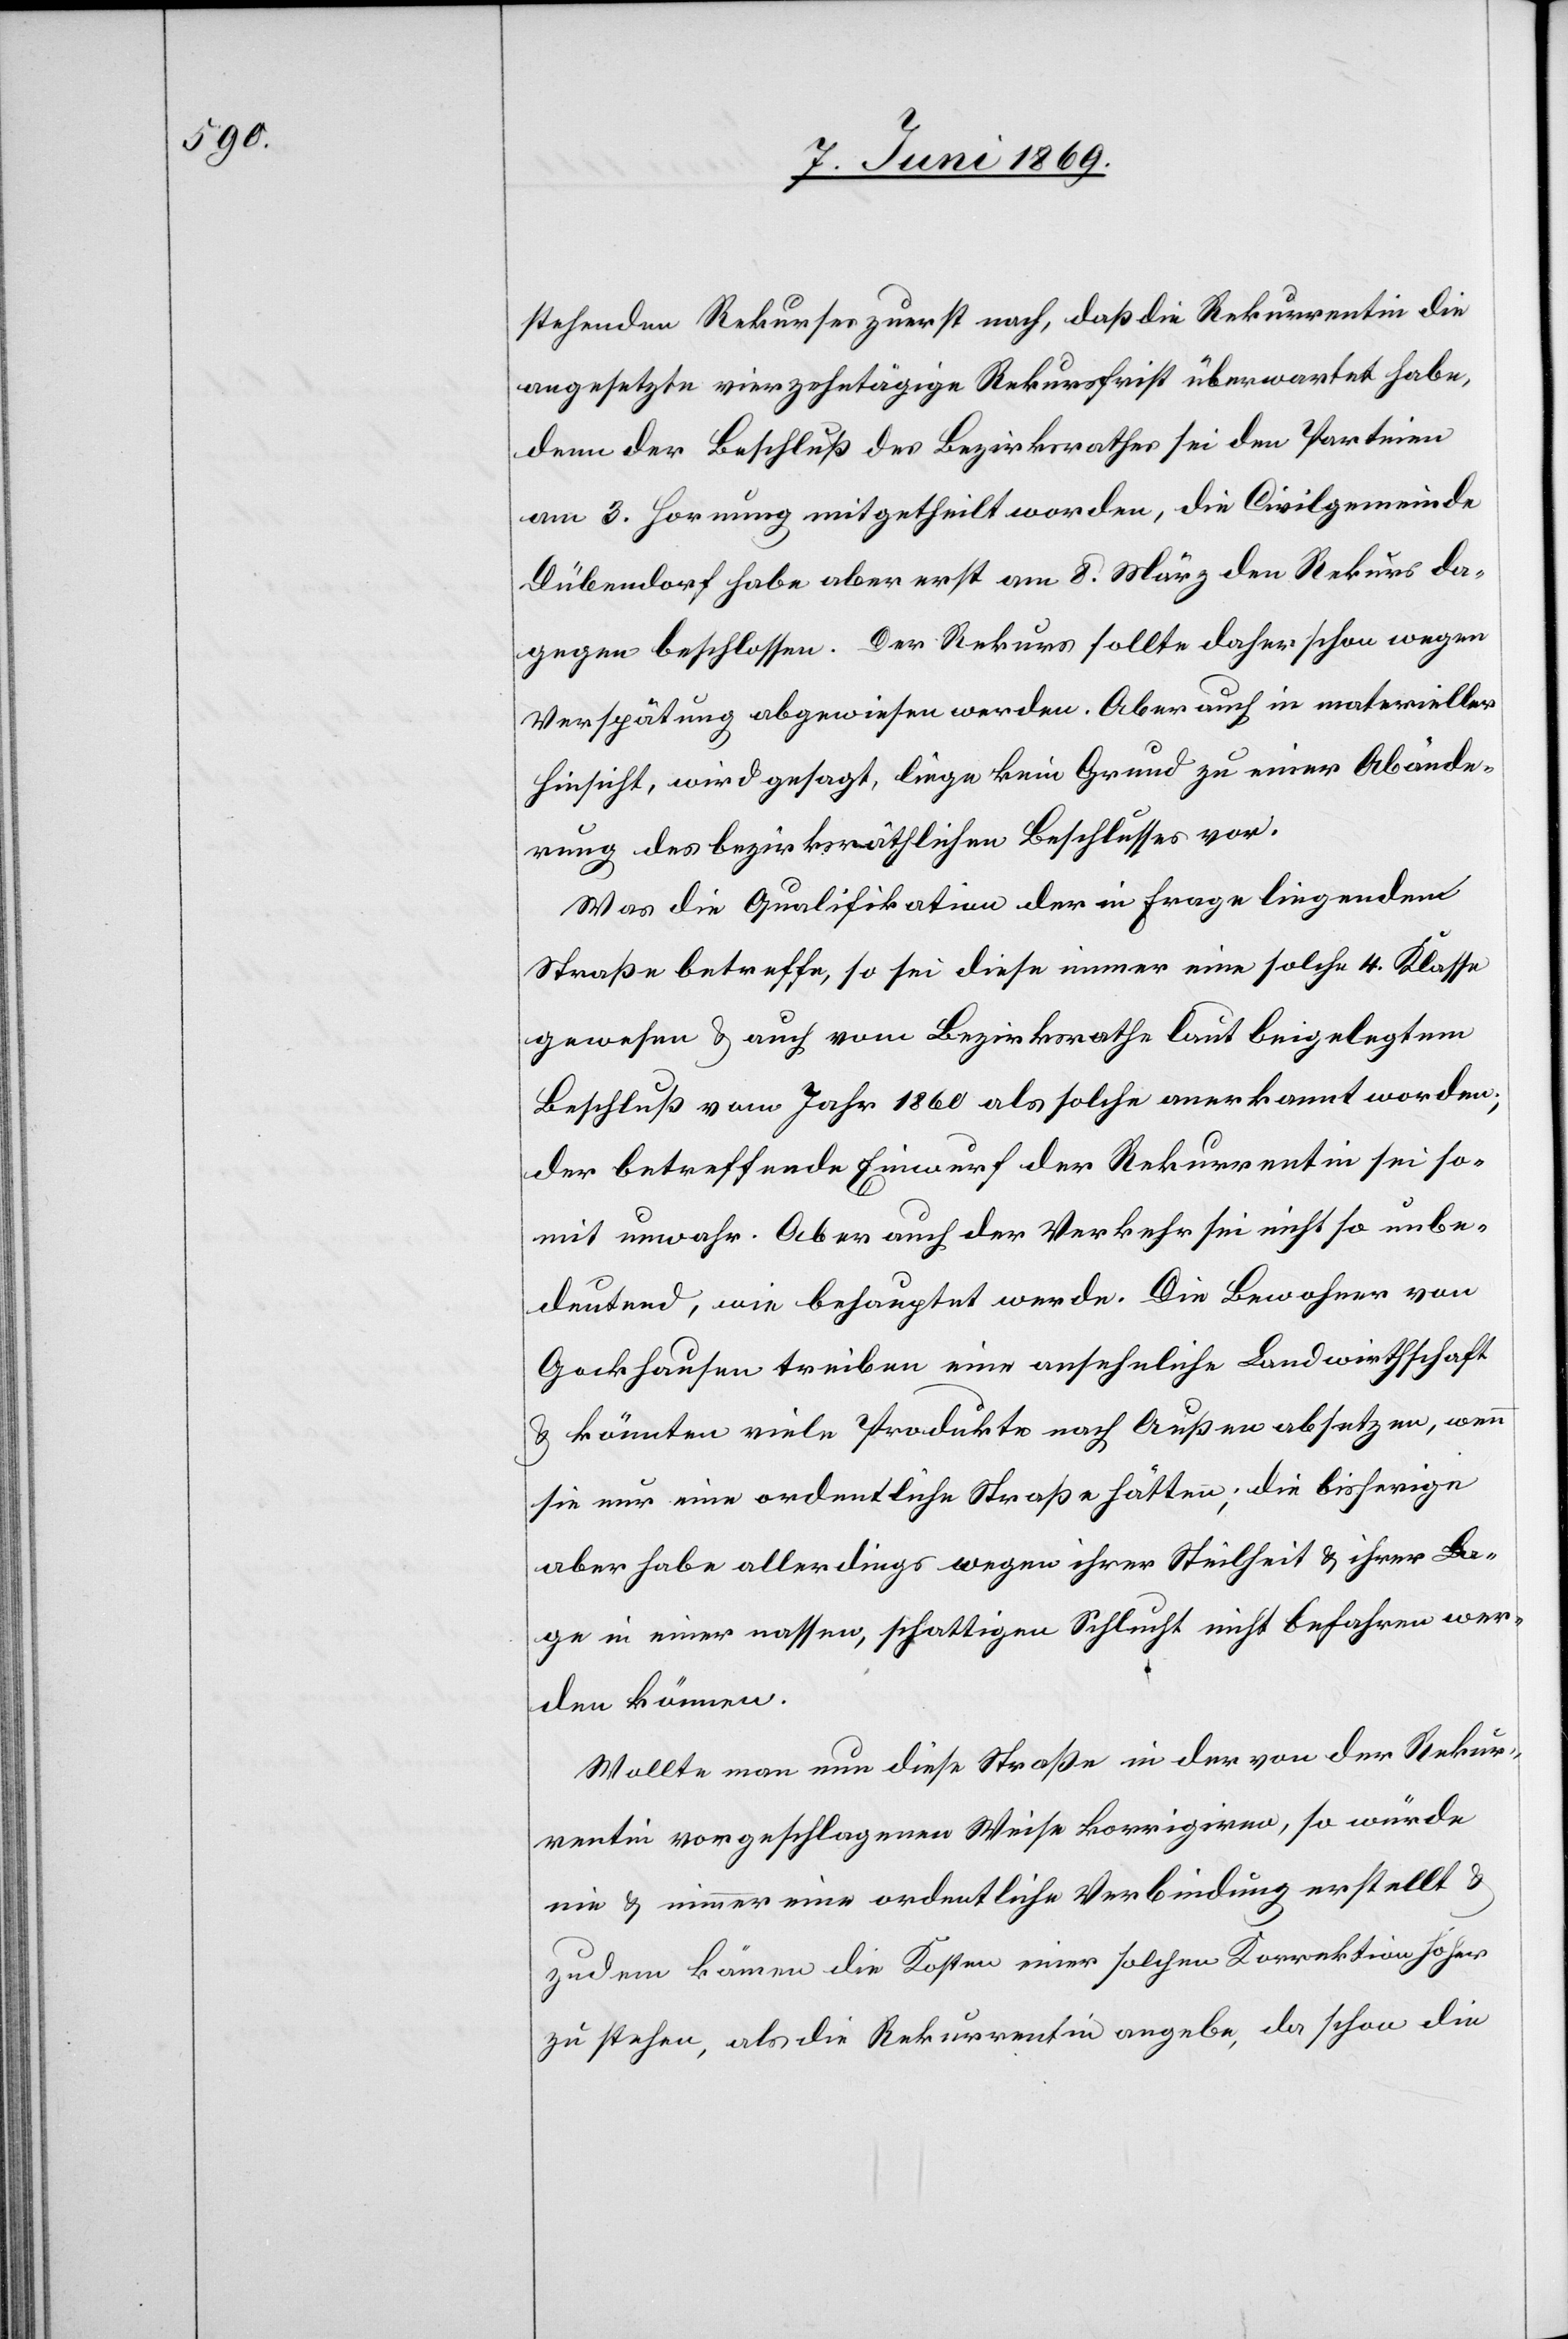
stehenden Rekurses zuerst nach, daß die Rekurrentin die
angesetzte vierzehntätige Rekursfrist überwartet habe,
denn der Beschluß des Bezirksrathes sei den Parteien
am 3 Hornung mitgetheilt worden, die Civilgemeinde
Dübendorf habe aber erst am 8 März den Rekurs da¬
gegen beschlossen. Der Rekurs sollte daher schon wegen
Verspätung abgewiesen werden. Aber auch in materieller
Hinsicht, wird gesagt, liege kein Grund zu einer Abände¬
rung des bezirksräthlichen Beschlusses vor.
Was die Qualifikation der in Frage liegenden
Straße betreffe, so sei diese immer eine solche 4 Klasse
gewesen u. auch vom Bezirksrathe laut beigelegtem
Beschluß vom Jahr 1860 als solche anerkannt worden;
der betreffende Einwurf der Rekurrentin sei so¬
mit unwahr. Aber auch der Verkehr sei nicht so unbe¬
deutend, wie behauptet werde. Die Bewohner von
Gockhausen treiben eine ansehnliche Landwirthschaft
u. könnten viele Produkte nach Außen absetzen, wenn
sie nur eine ordentliche Straße hätten; die bisherige
aber habe allerdings wegen ihrer Steilheit u. ihrer La¬
ge in einer nassen, schattigen Schlucht nicht befahren wer¬
den können.
Wollte man nun diese Straße in der von der Rekur¬
rentin vorgeschlagenen Weise korrigiren, so würde
nie u. nimmer eine ordentliche Verbindung erstellt u.
zudem können die Kosten einer solchen Korrektion hoher
zu stehen, als die Rekurrentin angebe, da schon die